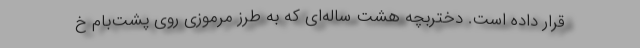
قرار داده است. دختربچه هشت ساله‌ای که به طرز مرموزی روی پشت‌بام خ